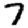
Digit: 7